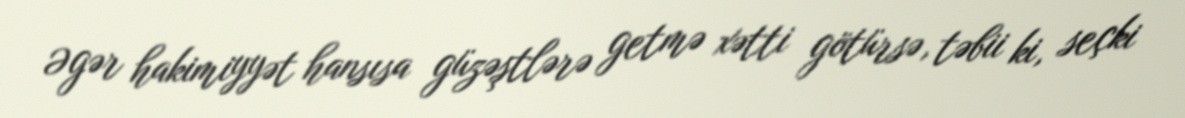
Əgər hakimiyyət hansısa güzəştlərə getmə xətti götürsə, təbii ki, seçki